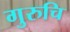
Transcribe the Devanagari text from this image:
गुरुचि